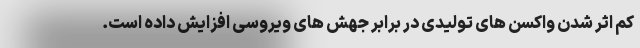
کم اثر شدن واکسن های تولیدی در برابر جهش های ویروسی افزایش داده است.